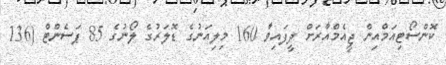
ކޮންސޯޓިއަމްއިން ޖީއެމްއާރަށް ދީފައިވާ 160 މިލިއަނުގެ ޑޮލަރުގެ ލޯނުގެ 85 ޕަސެންޓް (136